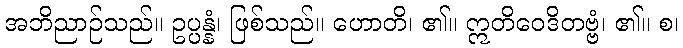
အဘိညာဉ်သည်။ ဥပ္ပန္နံ၊ ဖြစ်သည်။ ဟောတိ၊ ၏။ ဣတိဝေဒိတဗ္ဗံ၊ ၏။ စ၊